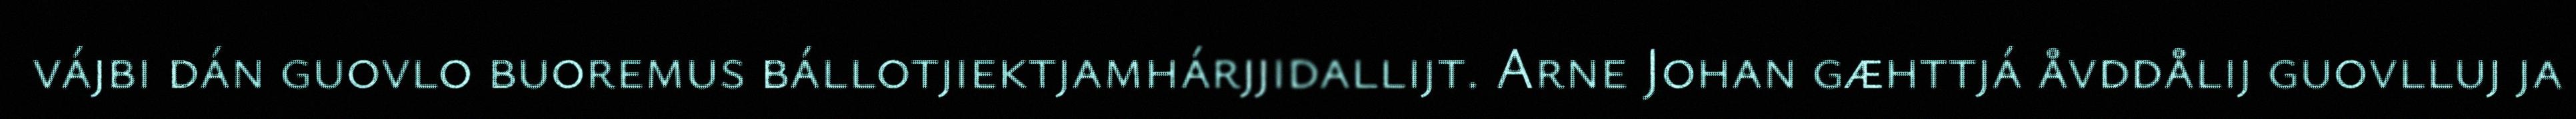
vájbi dán guovlo buoremus bállotjiektjamhárjjidallijt. Arne Johan gæhttjá åvddålij guovlluj ja